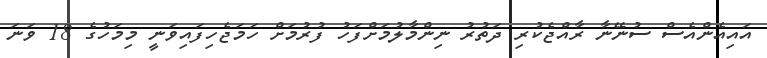
އައިއެންއެސް ސުނޭނާ ރާއްޖެކުރި ދަތުރު ނިންމާލުމަށްފަހު ފުރުމަށް ހަމަޖެހިފައިވަނީ މިމަހުގެ 18 ވަނަ